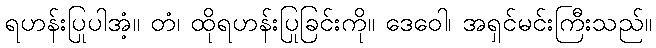
ရဟန်းပြုပါအံ့။ တံ၊ ထိုရဟန်းပြုခြင်းကို။ ဒေဝေါ၊ အရှင်မင်းကြီးသည်။